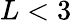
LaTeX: L<3